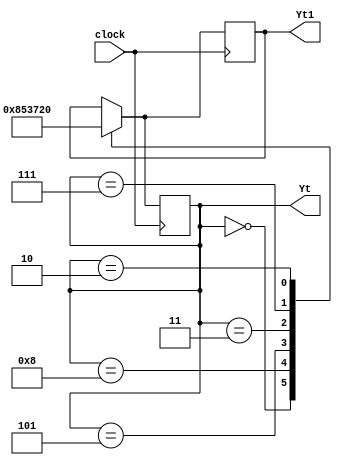
/*
	Generate Binary Sequence using T-FlipFlop : 0,8,5,3,7,2
	Behavorial Modelling
	16CO125
*/
module sequence_generator(Yt,Yt1,clock);
	input clock;
	output[3:0] Yt,Yt1;
	reg[3:0] Yt,Yt1;
	
	initial begin
		Yt=4'b0010;
	end
	always @(posedge clock)
		begin
			case (Yt)		
				4'b0000:	
					begin
						Yt1=4'b1000;
					end
				4'b1000:
					begin
						Yt1=4'b0101;
					end
				4'b0101:
					begin
						Yt1=4'b0011;
					end
				4'b0011:
					begin
						Yt1=4'b0111;
					end
				4'b0111:
					begin
						Yt1=4'b0010;
					end
				4'b0010:
					begin
						Yt1=4'b0000;
					end
			endcase
			Yt<=Yt1;
		end
endmodule